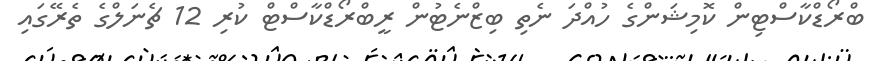
ބްރޯޑްކާސްޓިން ކޮމިޝަންގެ ހުއްދަ ނެތި ބިޒްނެޓުން ރީބްރޯޑްކާސްޓް ކުރި 12 ޗެނަލްގެ ތެރޭގައި